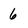
Character: 6